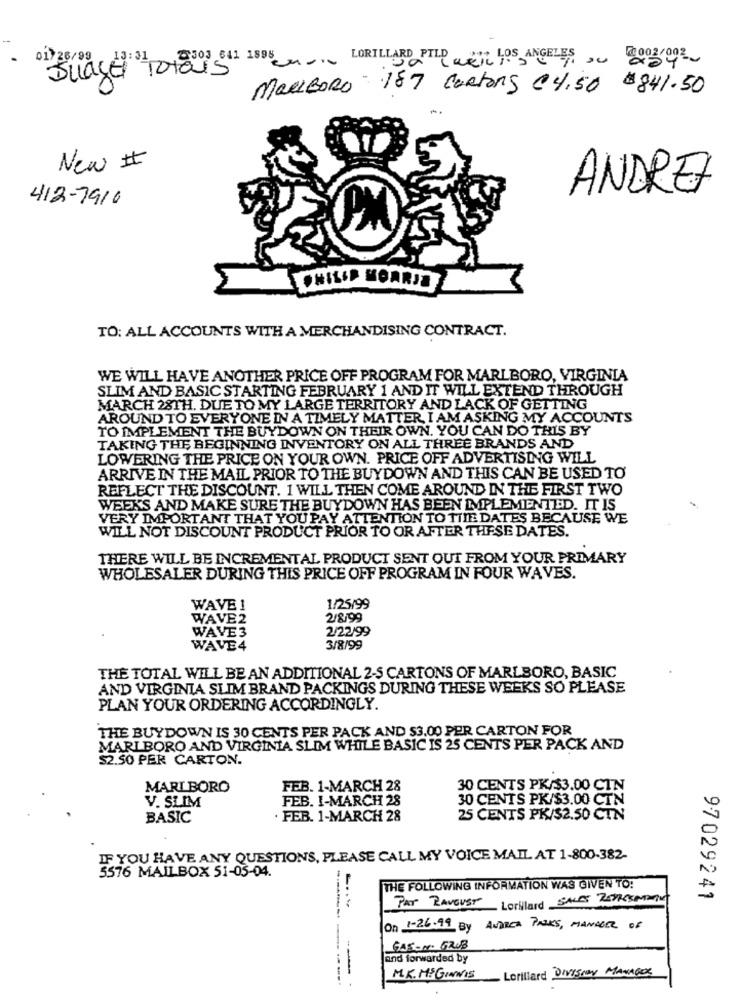
01/ 26/99
#303 641 1898 -0
LORILLARD PILD
Suace Totais
MARLBORO 187 Cartons €4,50 0841.50
New It
ANDREZ
412-7910
PHILIP MORRIS
TO: ALL ACCOUNTS WITH A MERCHANDISING CONTRACT.
WE WILL HAVE ANOTHER PRICE OFF PROGRAM FOR MARLBORO, VIRGINIA
SLIM AND BASIC STARTING FEBRUARY 1 AND IT WILL EXTEND THROUGH
MARCH 28TH. DUE TO MY LARGE TERRITORY AND LACK OF GETTING
AROUND TO EVERYONE IN A TIMELY MATTER, I AM ASKING MY ACCOUNTS
TO IMPLEMENT THE BUYDOWN ON THEIR OWN. YOU CAN DO THIS BY
TAKING THE BEGINNING INVENTORY ON ALL THREE BRANDS AND
LOWERING THE PRICE ON YOUR OWN. PRICE OFF ADVERTISING WILL
ARRIVE IN THE MAIL PRIOR TO THE BUYDOWN AND THIS CAN BE USED TO
REFLECT THE DISCOUNT. 1 WILL THEN COME AROUND IN THE FIRST TWO
WEEKS AND MAKE SURE THE BUYDOWN HAS BEEN IMPLEMENTED. IT IS
VERY IMPORTANT THAT YOU PAY ATTENTION TO TIME DATES BECAUSE WE
WILL NOT DISCOUNT PRODUCT PRIOR TO OR AFTER THESE DATES.
THERE WILL BE INCREMENTAL PRODUCT SENT OUT FROM YOUR PRIMARY
WHOLESALER DURING THIS PRICE OFF PROGRAM IN FOUR WAVES.
1/25/99
WAVE 1
WAVE2
2/8/99
2/22/99
WAVE3
WAVE4
3/8/99
THE TOTAL WILL BE AN ADDITIONAL 2-5 CARTONS OF MARLBORO, BASIC
AND VIRGINIA SLIM BRAND PACKINGS DURING THESE WEEKS SO PLEASE
PLAN YOUR ORDERING ACCORDINGLY.
THE BUYDOWN IS 30 CENTS PER PACK AND $3.00 PER CARTON FOR
MARLBORO AND VIRGINIA SLIM WHILE BASIC IS 25 CENTS PER PACK AND
$2.50 PER CARTON.
MARLBORO
FEBB. 1-MARCH 28
30 CENTS PK/$3.00 CIN
V. SLIM
FEB. I-MARCH 28
30 CENTS PK/$3.00 CIN
BASIC
. FEB. 1-MARCH 28
25 CENTS PK/$2.50 CTN
IF YOU HAVE ANY QUESTIONS, PLEASE CALL MY VOICE MAIL AT 1-800-382-
5576 MAILBOX 51-05-04.
THE FOLLOWING INFORMATION WAS GIVEN TO:
Par RAVEUST Lorillard SALES TAXASSMANN
97029241
On 1-26-99 By ANDREA PARKS, MANAGER OF
GASON. GRUB
and forwarded by
Lorillard Division Manages
-- .
M.K. HIGINNIS